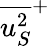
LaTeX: {\overline{{{u_{S}^{2}}}}}^{+}